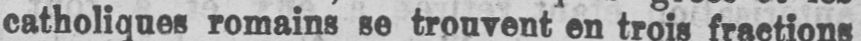
catholiques romains se trouvent en trois fractions